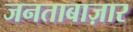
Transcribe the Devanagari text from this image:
जनताबाज़ार